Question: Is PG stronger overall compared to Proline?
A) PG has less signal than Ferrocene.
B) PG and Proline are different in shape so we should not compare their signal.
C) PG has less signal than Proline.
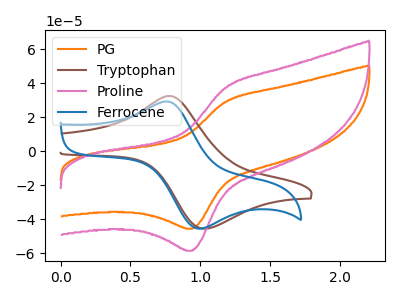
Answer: <think>The orange curve "PG" has an anodic peak at (1.20V, 29.25uA) and a cathodic peak at (0.95V, -45.50uA). The brown curve "Tryptophan" has an anodic peak at (0.80V, 32.65uA) and a cathodic peak at (1.05V, -45.50uA). The pink curve "Proline" has an anodic peak at (1.20V, 37.55uA) and a cathodic peak at (0.95V, -58.45uA). The blue curve "Ferrocene" has an anodic peak at (0.75V, 29.30uA) and a cathodic peak at (1.00V, -45.50uA).
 All the peaks in "PG" have a peak in "Proline" at the same potential. Every peak in "PG" is lower than every peak in "Proline".</think>
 <answer>C) "PG" has less signal than "Proline".</answer>
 <eval>C</eval>